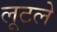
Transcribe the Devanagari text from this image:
लूटले